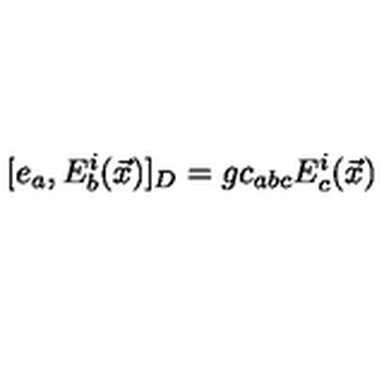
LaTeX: [ e _ { a } , E _ { b } ^ { i } ( \vec { x } ) ] _ { D } = g c _ { a b c } E _ { c } ^ { i } ( \vec { x } )